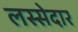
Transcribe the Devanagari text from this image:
लस्सेदार